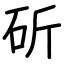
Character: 斫